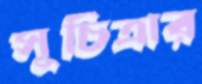
সূচিত্রার